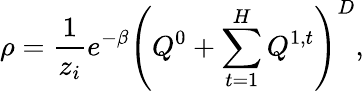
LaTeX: \rho=\frac{1}{z_{i}}e^{-\beta}\left(Q^{0}+\sum_{t=1}^{H}Q^{1,t}\right)^{D},